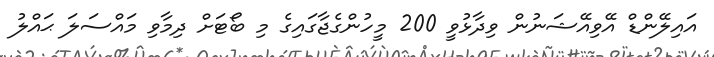
އައިލޭންޑް އޭވިއޭޝަނުން ވިދާޅުވީ 200 މީހުންގެޖާގައިގެ މި ބޯޓަށް ދިމާވި މައްސަލަ ޙައްލު